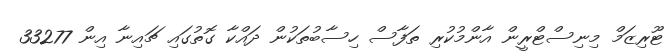
ޓޫރިޒަމް މިނިސްޓްރީން އާންމުކުރި ތަފާސް ހިސާބުތަކުން ދައްކާ ގޮތުގައި ޗައިނާ އިން 33277